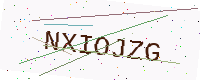
Text: NXIOJZG